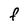
Character: F